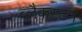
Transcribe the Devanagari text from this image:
ब्लैकस्टन